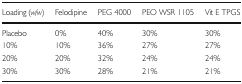
| Loading (w/w) | Felodipine | PEG 4000 | PEO WSR 1105 | Vit E TPGS |
 | --- | --- | --- | --- | --- |
 | Placebo | 0% | 40% | 30% | 30% |
 | 10% | 10% | 36% | 27% | 27% |
 | 20% | 20% | 32% | 24% | 24% |
 | 30% | 30% | 28% | 21% | 21% |